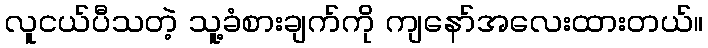
လူငယ်ပီသတဲ့ သူ့ခံစားချက်ကို ကျနော်အလေးထားတယ်။